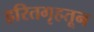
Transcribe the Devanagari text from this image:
हरितगृहतून